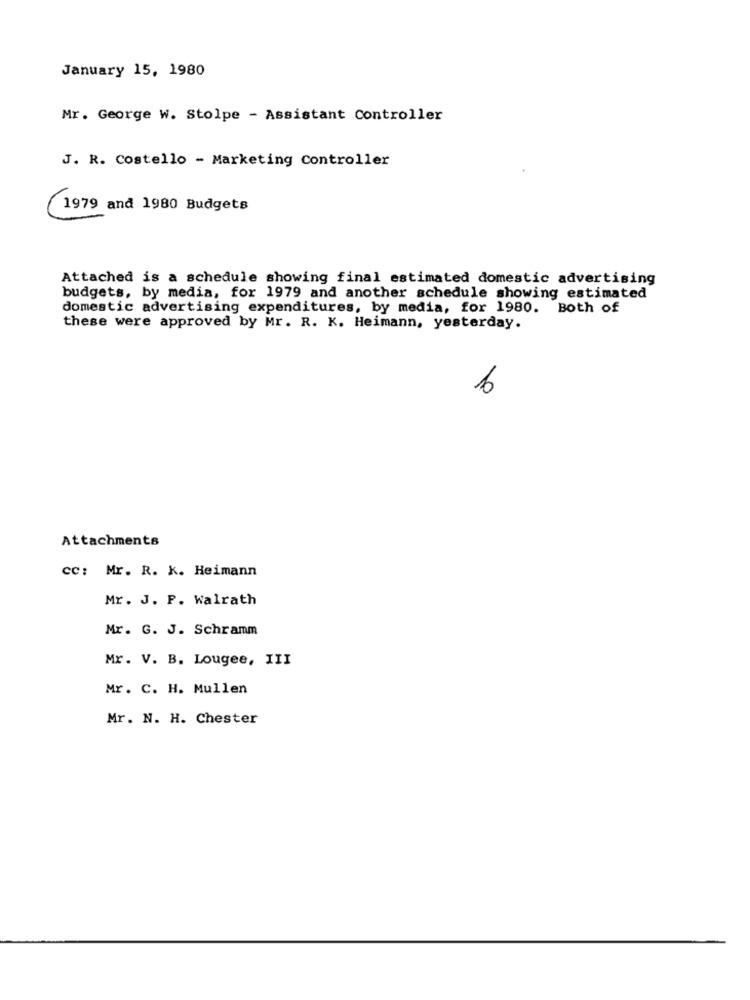
January 15, 1980
Mr. George W. Stolpe - Assistant Controller
J. R. Costello - Marketing Controller
1979 and 1980 Budgets
Attached is a schedule showing final estimated domestic advertising
budgets, by media, for 1979 and another schedule showing estimated
domestic advertising expenditures, by media, for 1980. Both of
these were approved by Mr. R. K. Heimann, yesterday.
6
Attachments
cc: Mr. R. k. Heimann
Mr. J. F. Walrath
Mr. G. J. Schramm
Mr. V. B. Lougee, III
Mr. C. H. Mullen
Mr. N. H. Chester